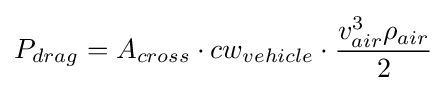
{P_{drag}=A_{cross}\cdot cw_{vehicle}\cdot {\frac {v_{air}^{3}\rho _{air}}{2}}}